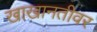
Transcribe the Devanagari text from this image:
खाखानतीवर